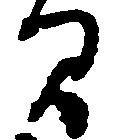
間